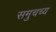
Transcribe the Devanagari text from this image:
समुचच्य